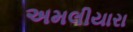
અમલીયારા